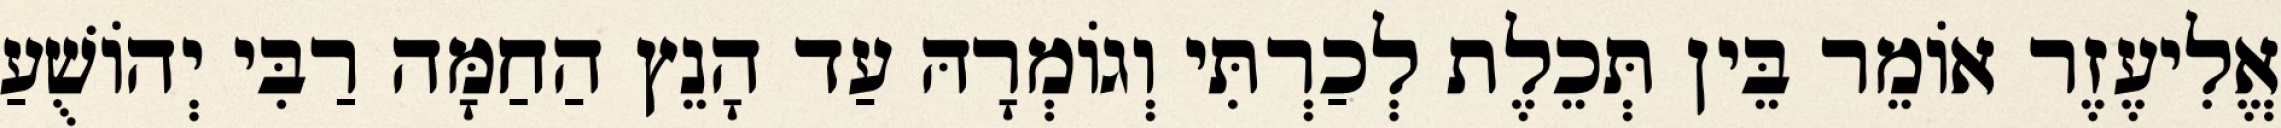
אֱלִיעֶזֶר אוֹמֵר בֵּין תְּכֵלֶת לְכַרְתִּי וְגוֹמְרָהּ עַד הָנֵץ הַחַמָּה רַבִּי יְהוֹשֻׁעַ